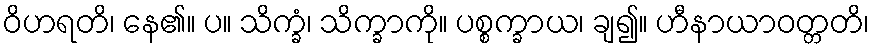
ဝိဟရတိ၊ နေ၏။ ပ။ သိက္ခံ၊ သိက္ခာကို။ ပစ္စက္ခာယ၊ ချ၍။ ဟီနာယာဝတ္တတိ၊